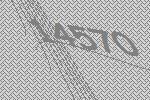
14570